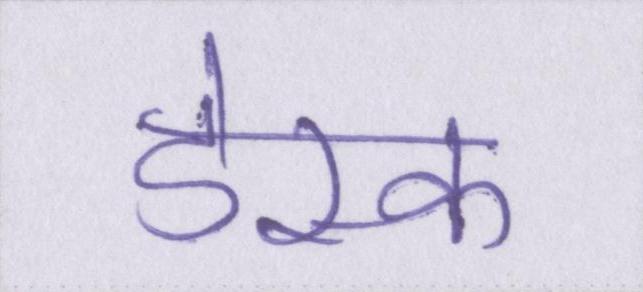
डेस्क